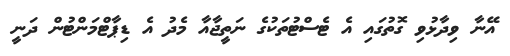
އޭނާ ވިދާޅުވި ގޮތުގައި އެ ޓެސްޓުތަކުގެ ނަތީޖާއާ މެދު އެ ޑިޕާޓްމަންޓުން ދަނީ